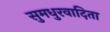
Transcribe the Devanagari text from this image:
सुमधुरवादिता